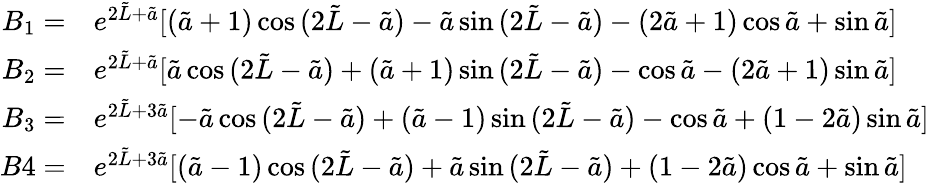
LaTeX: \begin{array}{rl}{B_{1}=}&{{}e^{2\tilde{L}+\tilde{a}}[(\tilde{a}+1)\cos{(2\tilde{L}-\tilde{a})}-\tilde{a}\sin{(2\tilde{L}-\tilde{a})}-(2\tilde{a}+1)\cos{\tilde{a}}+\sin{\tilde{a}}]}\\ {B_{2}=}&{{}e^{2\tilde{L}+\tilde{a}}[\tilde{a}\cos{(2\tilde{L}-\tilde{a})}+(\tilde{a}+1)\sin{(2\tilde{L}-\tilde{a})}-\cos{\tilde{a}}-(2\tilde{a}+1)\sin{\tilde{a}}]}\\ {B_{3}=}&{{}e^{2\tilde{L}+3\tilde{a}}[-\tilde{a}\cos{(2\tilde{L}-\tilde{a})}+(\tilde{a}-1)\sin{(2\tilde{L}-\tilde{a})}-\cos{\tilde{a}}+(1-2\tilde{a})\sin{\tilde{a}}]}\\ {B4=}&{{}e^{2\tilde{L}+3\tilde{a}}[(\tilde{a}-1)\cos{(2\tilde{L}-\tilde{a})}+\tilde{a}\sin{(2\tilde{L}-\tilde{a})}+(1-2\tilde{a})\cos{\tilde{a}}+\sin{\tilde{a}}]}\end{array}